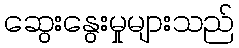
ဆွေးနွေးမှုများသည်